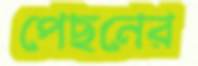
পেছনের